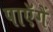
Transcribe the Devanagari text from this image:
पाएॅगें